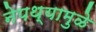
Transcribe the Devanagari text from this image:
नेपथ्यामुळे